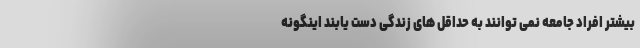
بیشتر افراد جامعه نمی توانند به حداقل های زندگی دست یابند اینگونه